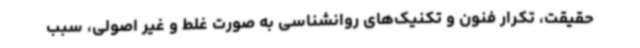
حقیقت، تکرار فنون و تکنیک‌های روانشناسی به صورت غلط و غیر اصولی، سبب